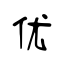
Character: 优